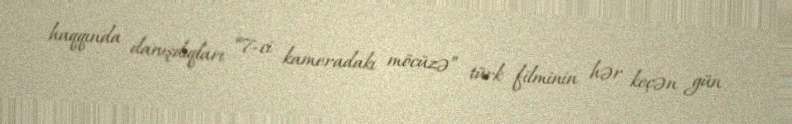
haqqında danışdıqları “7-ci kameradakı möcüzə” türk filminin hər keçən gün